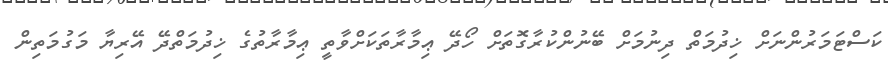
ކަސްޓަމަރުންނަށް ޚިދުމަތް ދިނުމަށް ބޭނުންކުރާގޮތަށް ހޯދޭ ޢިމާރާތަކަށްވާތީ ޢިމާރާތުގެ ޚިދުމަތްދޭ އޭރިޔާ މަގުމަތިން